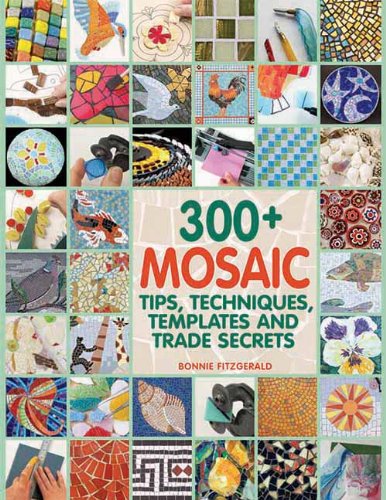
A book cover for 300+ Mosaic Tips, Techniques, Templates and Trade Secrets; Bonnie Fitzgerald; Crafts, Hobbies & Home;